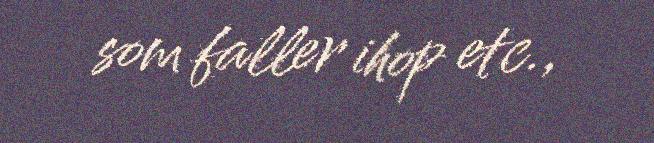
som faller ihop etc.,